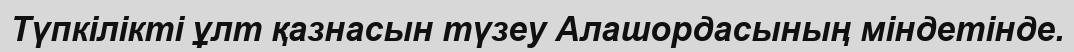
Түпкілікті ұлт қазнасын түзеу Алашордасының міндетінде.